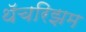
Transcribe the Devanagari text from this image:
थॅचरिझम